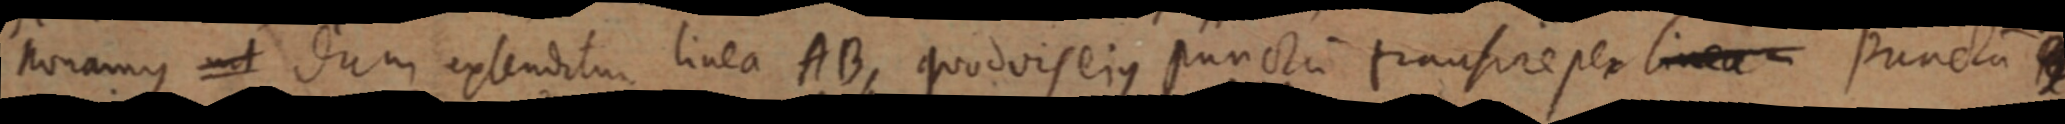
nonamus ut dum extendatur linea AB, quodvis ejus puncta transire per lineam puncta